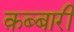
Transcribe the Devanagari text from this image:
क़ब्बारी